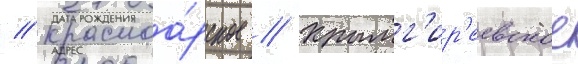
// Красноа́рское // Крымг'ир'еевское